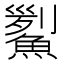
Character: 𩹒